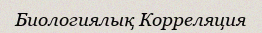
Биологиялық Корреляция